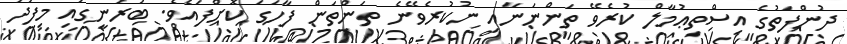
ދުންފަތުގެ އިސްތިޢުމާލް ކުރެވޭ ތަންނަނާއި ނުކުރެވޭނެ ތަންތަން ފާހަގަ ކޮށްފައެވެ. ބުރުނީގައި މިފަދަ